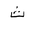
Letter: _tha